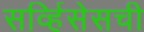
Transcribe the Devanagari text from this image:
सर्व्हिसेसची